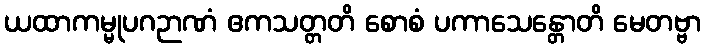
ယထာကမ္မုပဂဉာဏံ ဧကသတ္တတိ စောစံ ပကာသေန္တောတိ မေတဗ္ဗာ